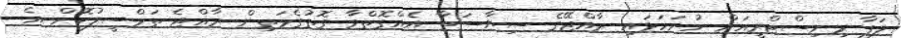
ލަފާ މިނިސްޓްރީއަށް ހުށަހަޅައި ރާއްޖޭގެ ސިޔާސަތާ އެއްގޮތްވާ ގޮތުގެމަތިން ރާއްޖެ ތަމްސީލުކޮށް އެ